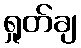
ရှုတ်ချ